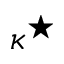
\kappa ^ { \star }